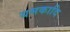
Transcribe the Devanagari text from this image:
यमकादि